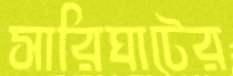
সারিঘাটের